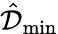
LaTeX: \hat{\mathcal{D}}_{\operatorname*{min}}